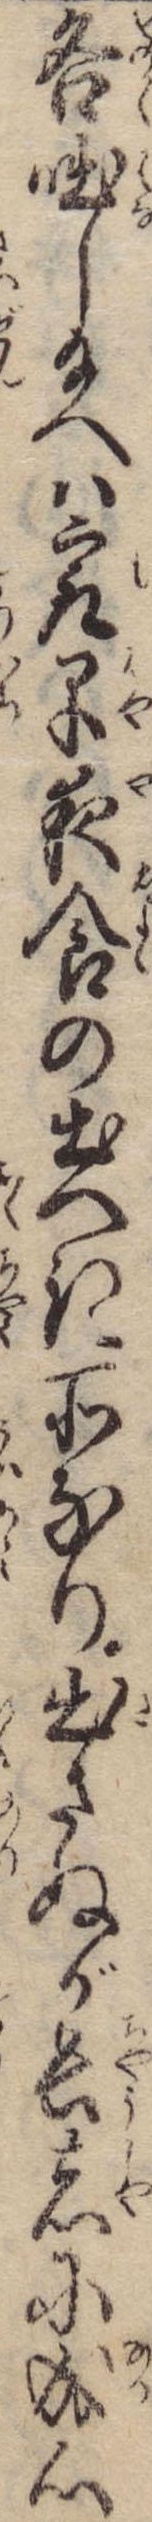
各咄し給へば㝡早夜食の出へき所なり出さぬが長者に成心